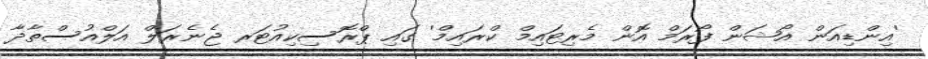
'އިންޑިއަން އޯޝަން ފޯރަމް އޮން މެރިޓައިމް ކްރައިމް' ގައި ޕްރޮސިކިއުޓަރ ޖެނެރަލް އަލްއުސްތާޛާ